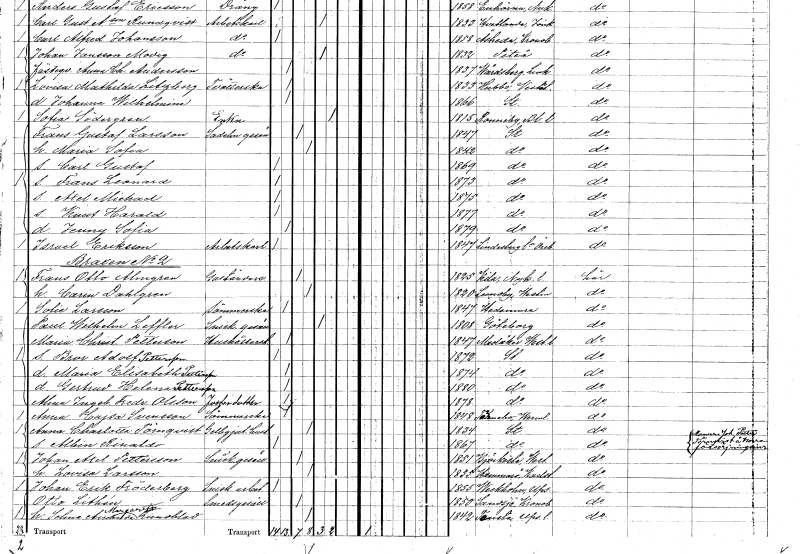
gt_parse: households: individuals: FN: Axel Michael
KON: M
CIV: O
FODAR: 1875
FODFORS: Stockholm
FN: Knut Harald
KON: M
CIV: O
FODAR: 1877
FODFORS: Stockholm
FN: Jenny Sofia
KON: K
CIV: O
FODAR: 1879
FODFORS: Stockholm
FN: Israel
EN: Eriksson
YRKE: Arbetskarl
KON: M
CIV: O
FODAR: 1847
FODFORS: Lindesbergs landsförsamling Örebro län
FN: Frans Otto
EN: Almgren
YRKE: Gaständare
KON: M
CIV: G
FODAR: 1825
FODFORS: Kila Södermanlands län
FN: Carin
EN: Dahlgren
KON: K
CIV: G
FODAR: 1820
FODFORS: Lundby Västmanlands län
FN: Sofie
EN: Larsson
YRKE: Sömmerska
KON: K
CIV: O
FODAR: 1847
FODFORS: Hedemora Kopparbergs län
FN: Paul Wilhelm
EN: Leffler
YRKE: Snickaregesäll
KON: M
CIV: E
FODAR: 1808
FODFORS: Göteborg Göteborgs- och Bohuslän
FN: Maria Christina
EN: Petterson
YRKE: Hushållerska
KON: K
CIV: O
FODAR: 1847
FODFORS: Medåker Västmanlands län
FN: Bror Adolf
EN: Pettersson
KON: M
CIV: O
FODAR: 1872
FODFORS: Stockholm
FN: Maria Elisabeth
EN: Pettersson
KON: K
CIV: O
FODAR: 1874
FODFORS: Stockholm
FN: Gertrud Helena
EN: Pettersson
KON: K
CIV: O
FODAR: 1880
FODFORS: Stockholm
FN: Alma Ingeborg Fredrika
EN: Olsson
KON: K
CIV: O
FODAR: 1878
FODFORS: Stockholm
FN: Anna Cajsa
EN: Svensson
YRKE: Sömmerska
KON: K
CIV: O
FODAR: 1848
FODFORS: Färnebo Värmlands län
FN: Anna Charlotta
EN: Törnqvist
YRKE: Gelbgjutarehustru
KON: K
CIV: G
FODAR: 1834
FODFORS: Stockholm
FN: Albin Rinaldo
KON: M
CIV: O
FODAR: 1867
FODFORS: Stockholm
FN: Johan Axel
EN: Pettersson
YRKE: Snickaregesäll
KON: M
CIV: G
FODAR: 1851
FODFORS: Björksta Västmanlands län
FN: Lovisa
EN: Larsson
KON: K
CIV: G
FODAR: 1835
FODFORS: Hammarö Värmlands län
FN: Johan Erik
EN: Fröderberg
YRKE: Snickeriarbetare
KON: M
CIV: O
FODAR: 1855
FODFORS: Veckholm Uppsala län
FN: Otto
EN: Lithén
YRKE: Smedsgesäll
KON: M
CIV: G
FODAR: 1850
FODFORS: Sandsjö Kronobergs län
FN: Selma Amanda Margareta
EN: Lundblad
KON: K
CIV: G
FODAR: 1842
FODFORS: Tensta Uppsala län